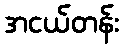
အငယ်တန်း